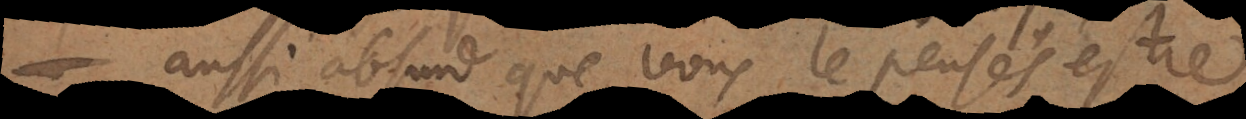
aussi absurd que vous le pensés estre.